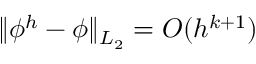
\| \phi ^ { h } - \phi \| _ { L _ { 2 } } = O ( h ^ { k + 1 } )